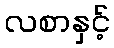
လစာနှင့်